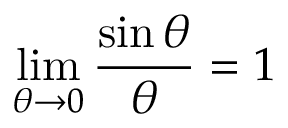
\operatorname* { l i m } _ { \theta \to 0 } { \frac { \sin \theta } { \theta } } = 1